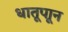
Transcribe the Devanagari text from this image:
धातूपाून